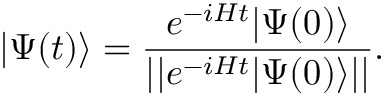
| \Psi ( t ) \rangle = \frac { e ^ { - i H t } | \Psi ( 0 ) \rangle } { \left\vert \left\vert e ^ { - i H t } | \Psi ( 0 ) \rangle \right\vert \right\vert } .